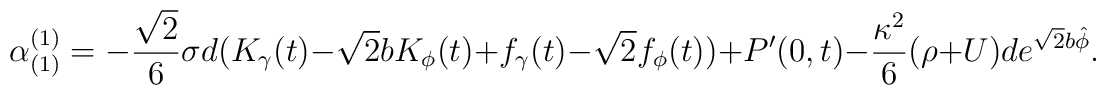
\alpha_{(1)}^{(1)} = -\frac{\sqrt{2}}{6}\sigma d (K_{\gamma}(t)-\sqrt{2}b K_{\phi}(t) + f_{\gamma}(t) -\sqrt{2}f_{\phi}(t)) +P^{\prime}(0,t) -\frac{\kappa^2}{6}(\rho + U )d e^{\sqrt{2}b \hat{\phi}}.